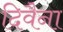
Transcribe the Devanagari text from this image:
दिवैना